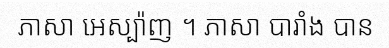
ភាសា អេស្ប៉ាញ ។ ភាសា បារាំង បាន